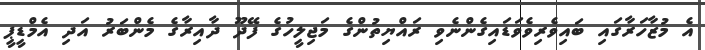
އެ މުޒާހަރާގައި ބައިވެރިވެވަޑައިގެންނެވި ރައްޔިތުންގެ މަޖިލީހުގެ ފޭދޫ ދާއިރާގެ މެންބަރު އަދި އެމްޑީޕީ